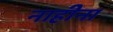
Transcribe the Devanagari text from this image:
नाहीना